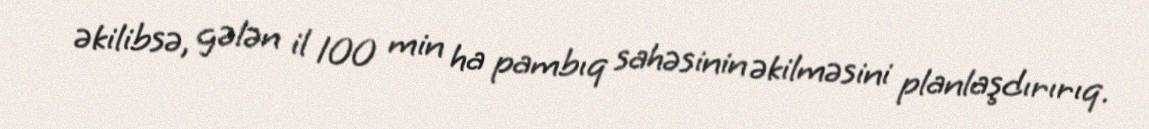
əkilibsə, gələn il 100 min ha pambıq sahəsinin əkilməsini planlaşdırırıq.